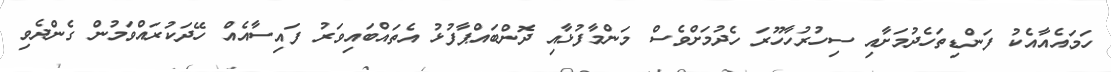
ހަމައެއާއެކު ފަންޑިތަހެދުމަށާއި ސިހުރުހާހޫރަ ހެދުމަށްވެސް މަންމާފުޅާއި ދޮންބައްޕާފުޅު އެތައްބައިވަރު ފައިސާއެއް ހޭދަކުރައްވަމުން ގެންދެވި